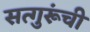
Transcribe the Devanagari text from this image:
सत्गुरूंची